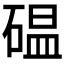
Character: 𥔋